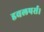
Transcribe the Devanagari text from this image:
डवलपर्स।